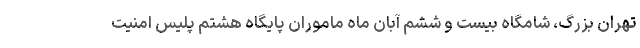
تهران بزرگ، شامگاه بیست و ششم آبان ماه ماموران پایگاه هشتم پلیس امنیت